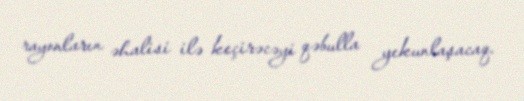
rayonların əhalisi ilə keçirəcəyi qəbulla yekunlaşacaq.